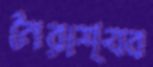
নৈরাশ্যব